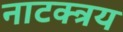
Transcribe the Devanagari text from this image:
नाटक्त्रय